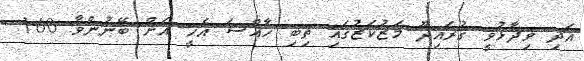
އަދި ވިދާޅުވީ ގުރައިދޫ މަޒުކަޒުގައި ތިބި ހާއްސަ އެހީ އަށް ބޭނުންވާ 160